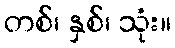
တစ်၊ နှစ်၊ သုံး။